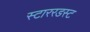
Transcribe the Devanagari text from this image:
स्टाररडस्ट